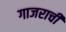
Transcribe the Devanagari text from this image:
गाजराची